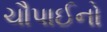
ચૌપાઈનો